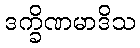
ဒက္ခိဏမာဒိသ